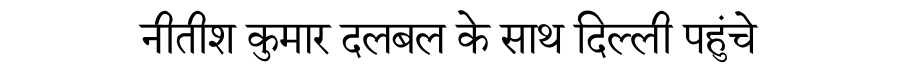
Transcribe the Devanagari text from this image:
नीतीश कुमार दलबल के साथ दिल्ली पहुंचे